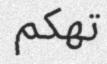
تھكم